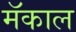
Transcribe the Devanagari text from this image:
मॅकाल